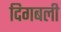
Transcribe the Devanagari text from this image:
दिगबली